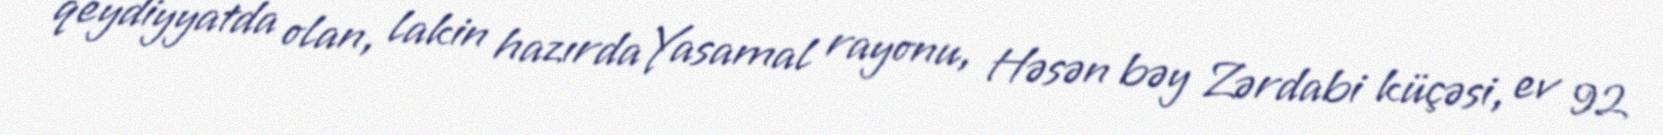
qeydiyyatda olan, lakin hazırda Yasamal rayonu, Həsən bəy Zərdabi küçəsi, ev 92